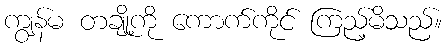
ကျွန်မ တချို့ကို ကောက်ကိုင် ကြည့်မိသည်။